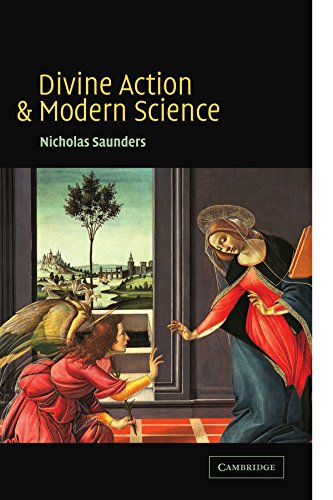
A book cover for Divine Action and Modern Science; Nicholas Saunders; Religion & Spirituality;